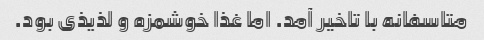
متاسفانه با تاخیر آمد. اما غذا خوشمزه و لذیذی بود.